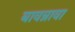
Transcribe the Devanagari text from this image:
बावन्नावा